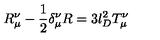
R _ { \mu } ^ { \nu } - \frac { 1 } { 2 } \delta _ { \mu } ^ { \nu } R = 3 l _ { D } ^ { 2 } T _ { \mu } ^ { \nu }